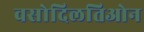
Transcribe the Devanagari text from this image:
वसोदिलतिओन